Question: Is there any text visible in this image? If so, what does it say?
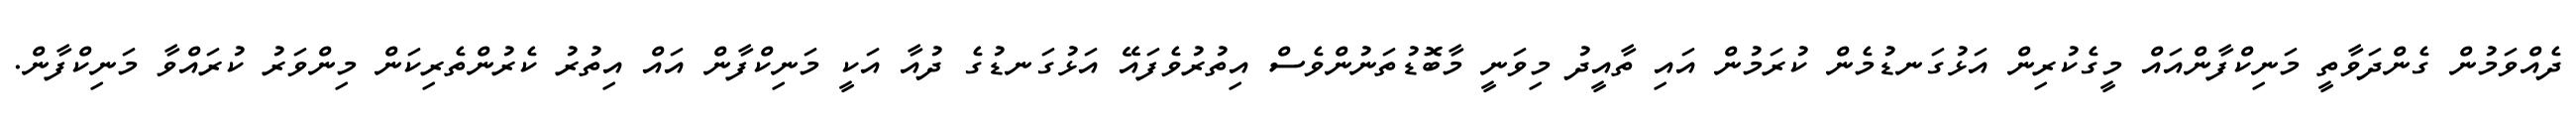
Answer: ދެއްވަމުން ގެންދަވާތީ މަނިކްފާންއައް މީގެކުރިން އަޅުގަނޑުމެން ކުރަމުން އައި ތާއީދު މިވަނީ މާބޮޑުތަނުންވެސް އިތުރުވެފައޭ އަޅުގަނޑުގެ ދުއާ އަކީ މަނިކްފާން އައް އިތުރު ކެރުންތެރިކަން މިންވަރު ކުރައްވާ މަނިކްފާން.